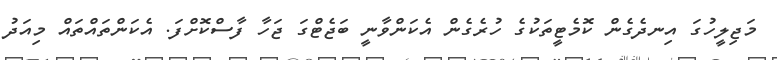
މަޖިލީހުގަ އިނދެގެން ކޮމެޓީތަކުގެ ހުރެގެން އެކަންވާނީ ބަޖެޓްގަ ޖަހާ ފާސްކޮށްފަ. އެކަންތައްތައް މިއަދު